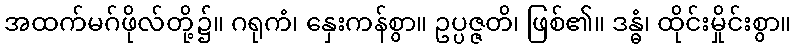
အထက်မဂ်ဖိုလ်တို့၌။ ဂရုကံ၊ နှေးကန်စွာ။ ဥပ္ပဇ္ဇတိ၊ ဖြစ်၏။ ဒန္ဓံ၊ ထိုင်းမှိုင်းစွာ။